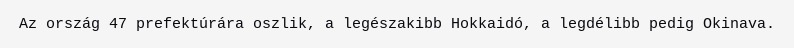
Az ország 47 prefektúrára oszlik, a legészakibb Hokkaidó, a legdélibb pedig Okinava.